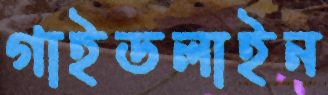
গাইডলাইন